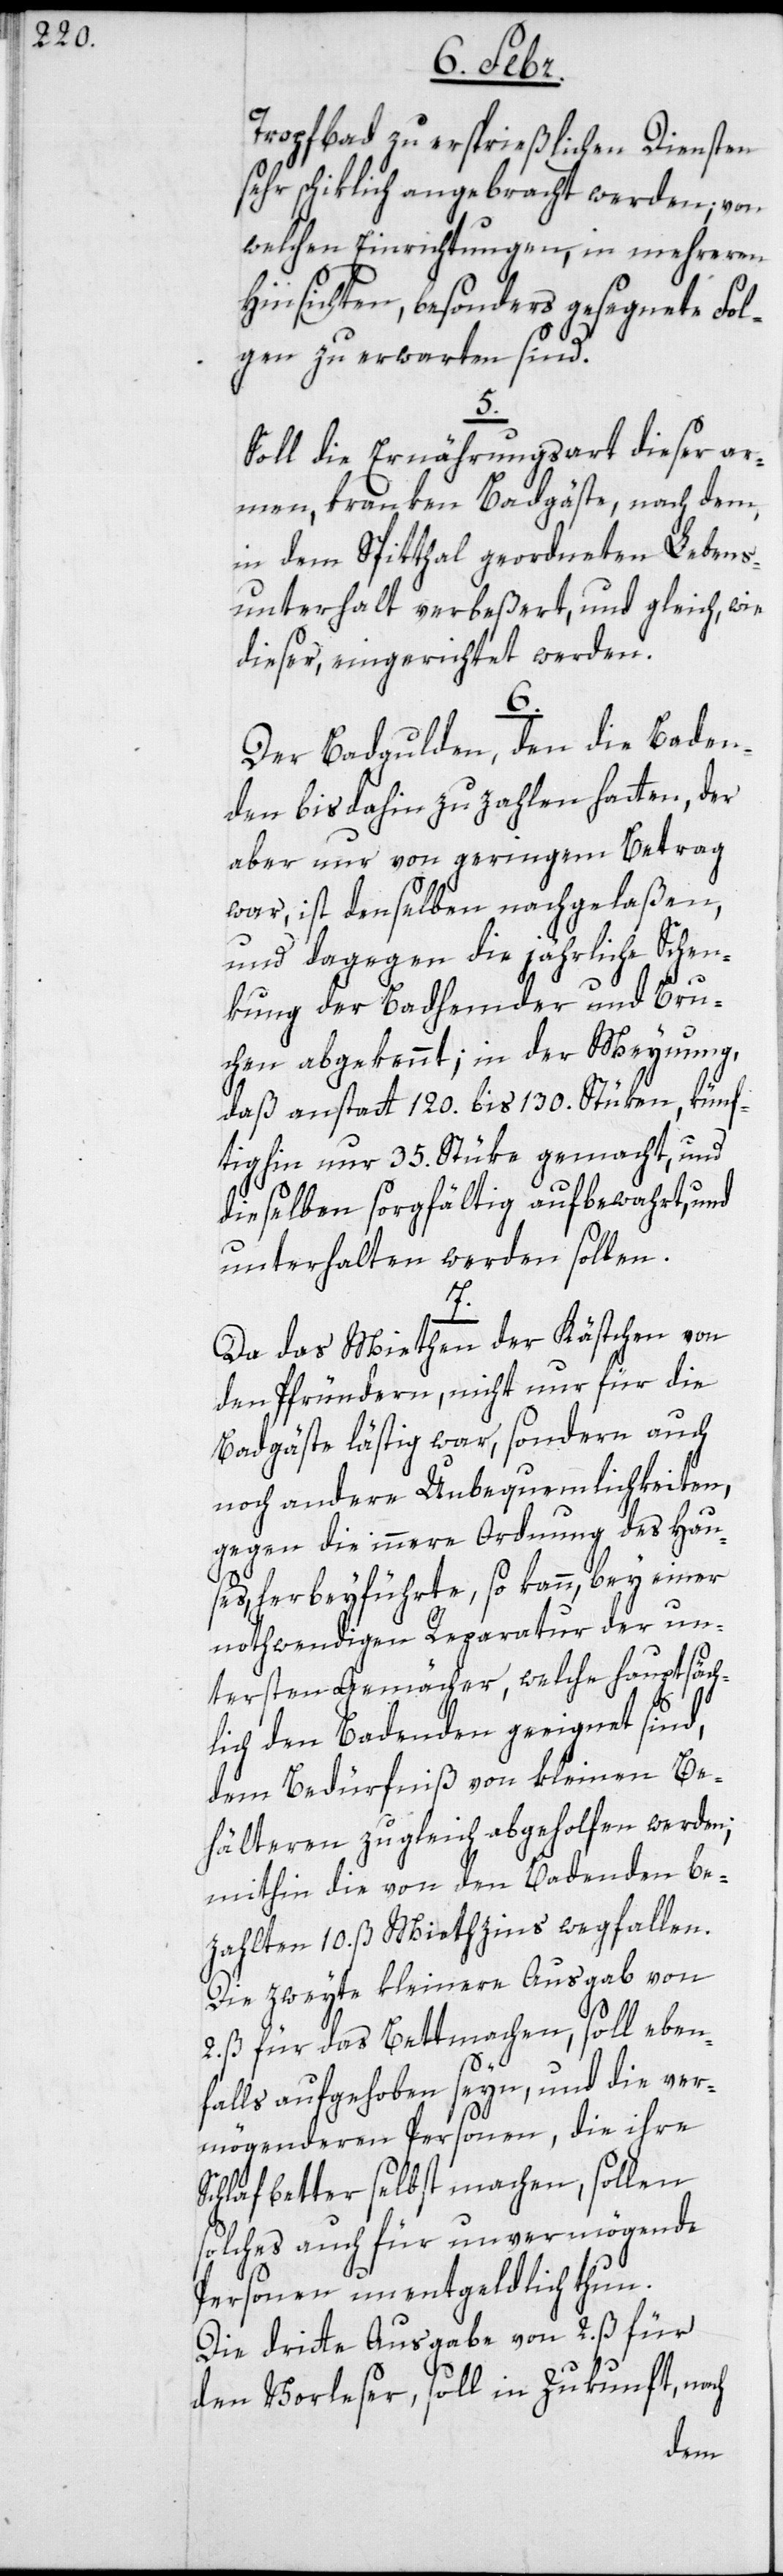
Tropfbad zu ersprießlichen Diensten
sehr schiklich angebracht werden; von
welchen Einrichtungen, in mehreren
Hinsichten, besonders gesegnete Fol¬
gen zu erwarten sind.
5.
Soll die Ernährungsart dieser ar¬
men, kranken Badgäste, nach dem,
in dem Spitthal geordneten Lebens¬
unterhalt verbeßert, und gleich, wie
dieser, eingerichtet werden.
6.
Der Badgulden, den die Baden¬
den bis dahin zu zahlen hatten, der
aber nur von geringem Betrag
war, ist denselben nachgelaßen,
und dagegen die jährliche Schen¬
kung der Badhemder und Bru¬
chen abgekennt, in der Meynung,
daß anstatt 120. bis 130. Stüken, künf¬
tighin nur 35. Stüke gemacht, und
dieselben sorgfältig aufbewahrt, und
unterhalten werden sollen.
Da das Miethen der Kästchen von
den Pfründern, nicht nur für die
Badgäste lästig war, sondern auch
noch andere Unbequemlichkeiten,
gegen die innere Ordnung des Hau¬
ses, herbeyführte, so kann, bey einer
nothwendigen Reparatur der un¬
tersten Gemächer, welche hauptsäch¬
lich den Badenden geeignet sind,
dem Bedürfniß von kleinen Be¬
hälteren zugleich abgeholfen werden;
mithin die von dem Badenden be¬
zahlten 10. ß Miethzins wegfallen.
Die zweyte kleinere Ausgab von
2. ß für das Bettmachen, soll eben¬
falls aufgehoben seyn, und die ver¬
mögenderen Personen, die ihre
Schlafbetter selbst machen, sollen
solches auch für unvermögende
Personen unentgeldlich thun.
Die dritte Ausgabe von 2. ß für
den Vorleser, soll in Zukunft, nach